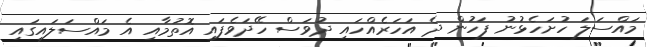
މައްސަލަ ހުށަހެޅުނު ފަހުން ދެ އަހަރެއްހައި ދުވަސް ހޭދަވެފައި އޮތުމާއި އެ މައްސަލައިގައި